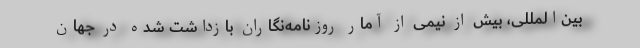
بین‌المللی، بیش از نیمی از آمار روزنامه‌نگاران بازداشت شده در جهان